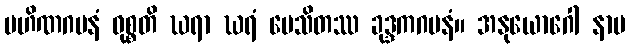
ပဟိဏဂမနံ ဝုစ္စတိ ဃရာ ဃရံ ပေသိတဿ ခုဒ္ဒကဂမနံ။ အနုယောဂေါ နာမ